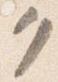
ク